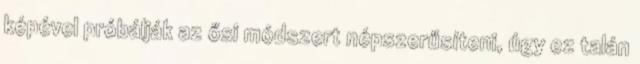
képével próbálják az ősi módszert népszerűsíteni, úgy ez talán